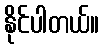
နိုင်ပါတယ်။